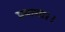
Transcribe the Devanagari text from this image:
प्रयागा।।